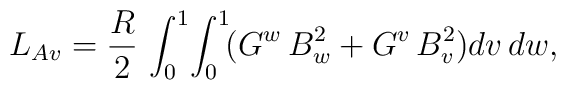
L_{Av}=\frac {R}{2}\,\int _{0}^{1}\!\int_{0}^{1}\!(G^w\,B_w^2+G^v\,B_v^2)dv\,dw,